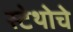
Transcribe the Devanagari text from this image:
स्टेथोचे